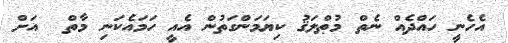
އެހެނީ ހައްދެއް ނެތް މުޠްލަޤު ކިޔަމަންގަތުން އެއީ ހަމައެކަނި މާތް  އަށް